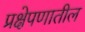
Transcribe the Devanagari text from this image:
प्रक्षेपणातील